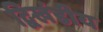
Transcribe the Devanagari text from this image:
द्विखंडीय